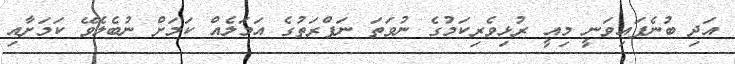
އަދި ބުނެފައިވަނީ މިއީ ރުޅިވެރިކަމުގެ ނުވަތަ ނަފްރަތުގެ އަމަލެއް ކަމަށް ނުބެލެވޭ ކަމަށާއި